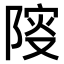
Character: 𨺦